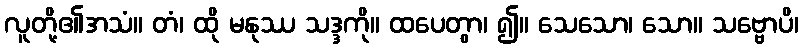
လူတို့၏အသံ။ တံ၊ ထို မနုဿ သဒ္ဒကို။ ထပေတွာ၊ ၍။ သေသော၊ သော။ သဗ္ဗောပိ၊